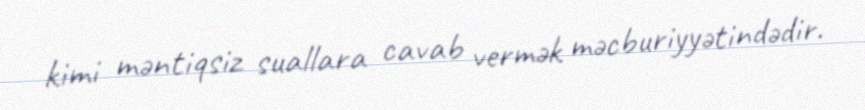
kimi məntiqsiz suallara cavab vermək məcburiyyətindədir.